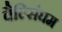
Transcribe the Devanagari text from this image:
वैल्सिंघम